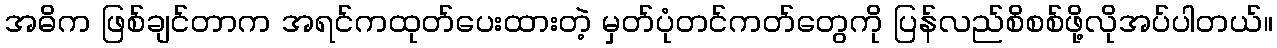
အဓိက ဖြစ်ချင်တာက အရင်ကထုတ်ပေးထားတဲ့ မှတ်ပုံတင်ကတ်တွေကို ပြန်လည်စိစစ်ဖို့လိုအပ်ပါတယ်။